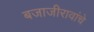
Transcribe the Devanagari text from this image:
बजाजीरावांचे